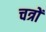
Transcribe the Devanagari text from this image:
चत्रों